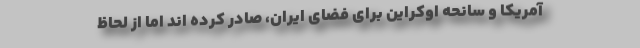
آمریکا و سانحه اوکراین برای فضای ایران، صادر کرده اند اما از لحاظ